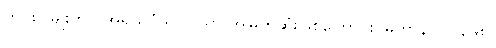
ဤ ၈-မျိုးတွင် အရိယဝံသ - သာ အမြတ်ဆုံးဖြစ်ကြောင်း၊ မဟာနိ-ပါ-၃၉၈၊